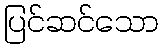
ပြင်ဆင်သော